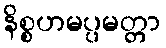
နိစ္စဟမပ္ပမတ္တာ